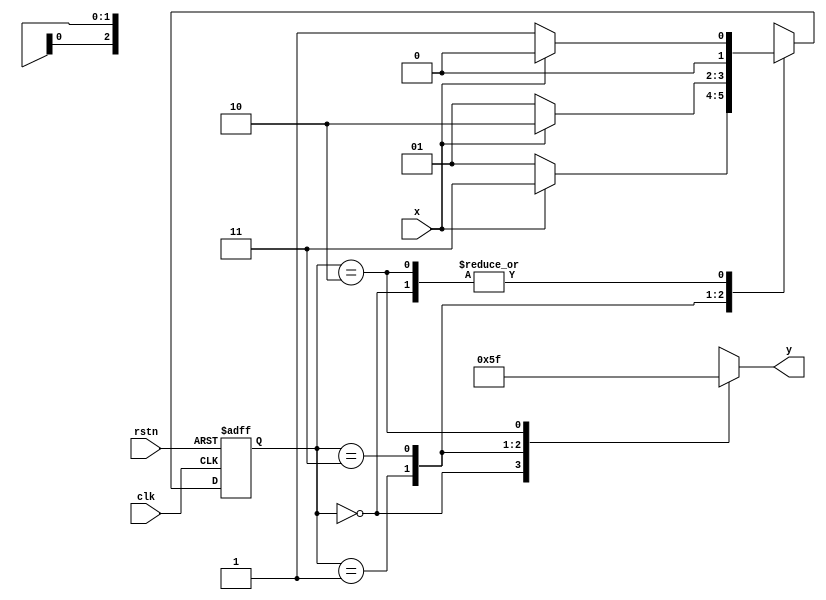
module seq_det(clk, rstn, x, y);
	parameter A = 2'b00;
	parameter B = 2'b01;
	parameter C = 2'b11;
	parameter D = 2'b10;
	input clk, rstn, x;
	output reg [2:0] y;

	reg [1:0] cs, ns; // cs >> current state, ns >> next state

	//Next State Logic
	always @(cs, x) begin
		case (cs)

			A: 
				if (x)
					ns = A;
				else 
					ns = B;

			B:
				if (x)
					ns = C;
				else 
					ns = B;

			C: 
				if (x)
					ns = D;
				else 
					ns = B;

			D:
				if (x)
					ns = A;
				else 
					ns = B;

			default: 	ns = A;
		endcase
	end


	//State Memory
	always @(posedge clk or negedge rstn) begin
		if(~rstn)
			cs <= A;
		else
			cs <= ns;
	end

	//Output Logic
	always @(cs) begin
		case (cs)
			A: y = 3'b000;
			B: y = 3'b001;
			C: y = 3'b011;
			D: y = 3'b111; 
		endcase

	end
endmodule